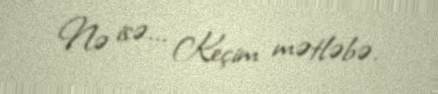
Nə isə... Keçim mətləbə.